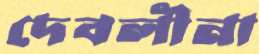
দেবলীনা